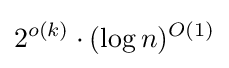
2^{o(k)}\cdot (\log {n})^{O(1)}